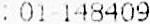
: 01 148409